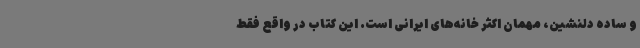
و ساده دلنشین، مهمان اکثر خانه‌های ایرانی است. این کتاب در واقع فقط